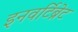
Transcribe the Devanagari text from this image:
इनवर्टिब्रेट